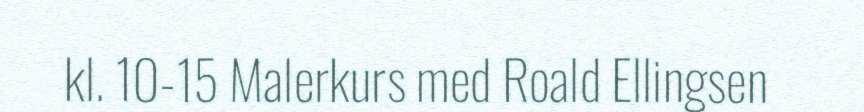
kl. 10-15 Malerkurs med Roald Ellingsen